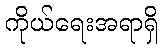
ကိုယ်ရေးအရာရှိ